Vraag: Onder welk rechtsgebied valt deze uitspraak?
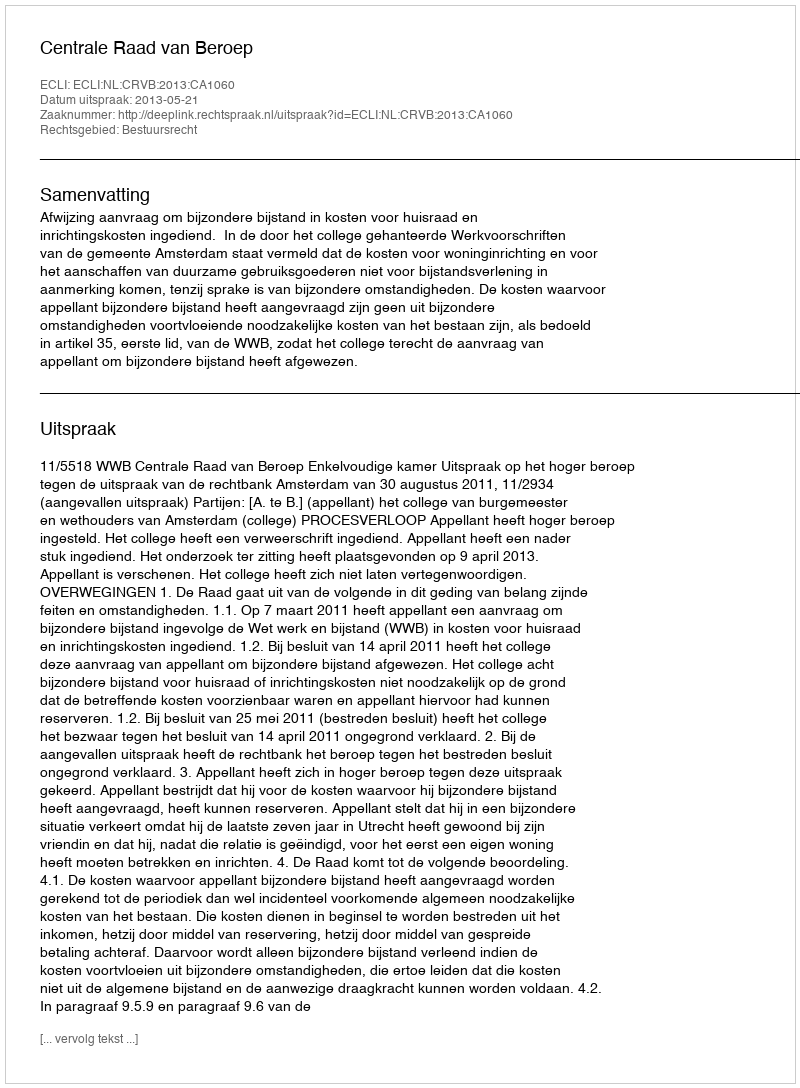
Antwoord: Bestuursrecht